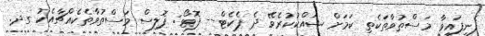
ފެނިފައިވާ މަސްތުވާތަކެތި ކަމަށް ޝައްކުކުރެވޭ ދެ ޕެކެޓް-- ފޮޓޯ: ޕޮލިސް މަސްތުވާތެކެއްޗާއެކު ގދ.